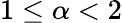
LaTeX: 1\le\alpha<2